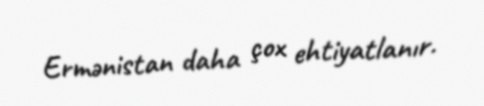
Ermənistan daha çox ehtiyatlanır.